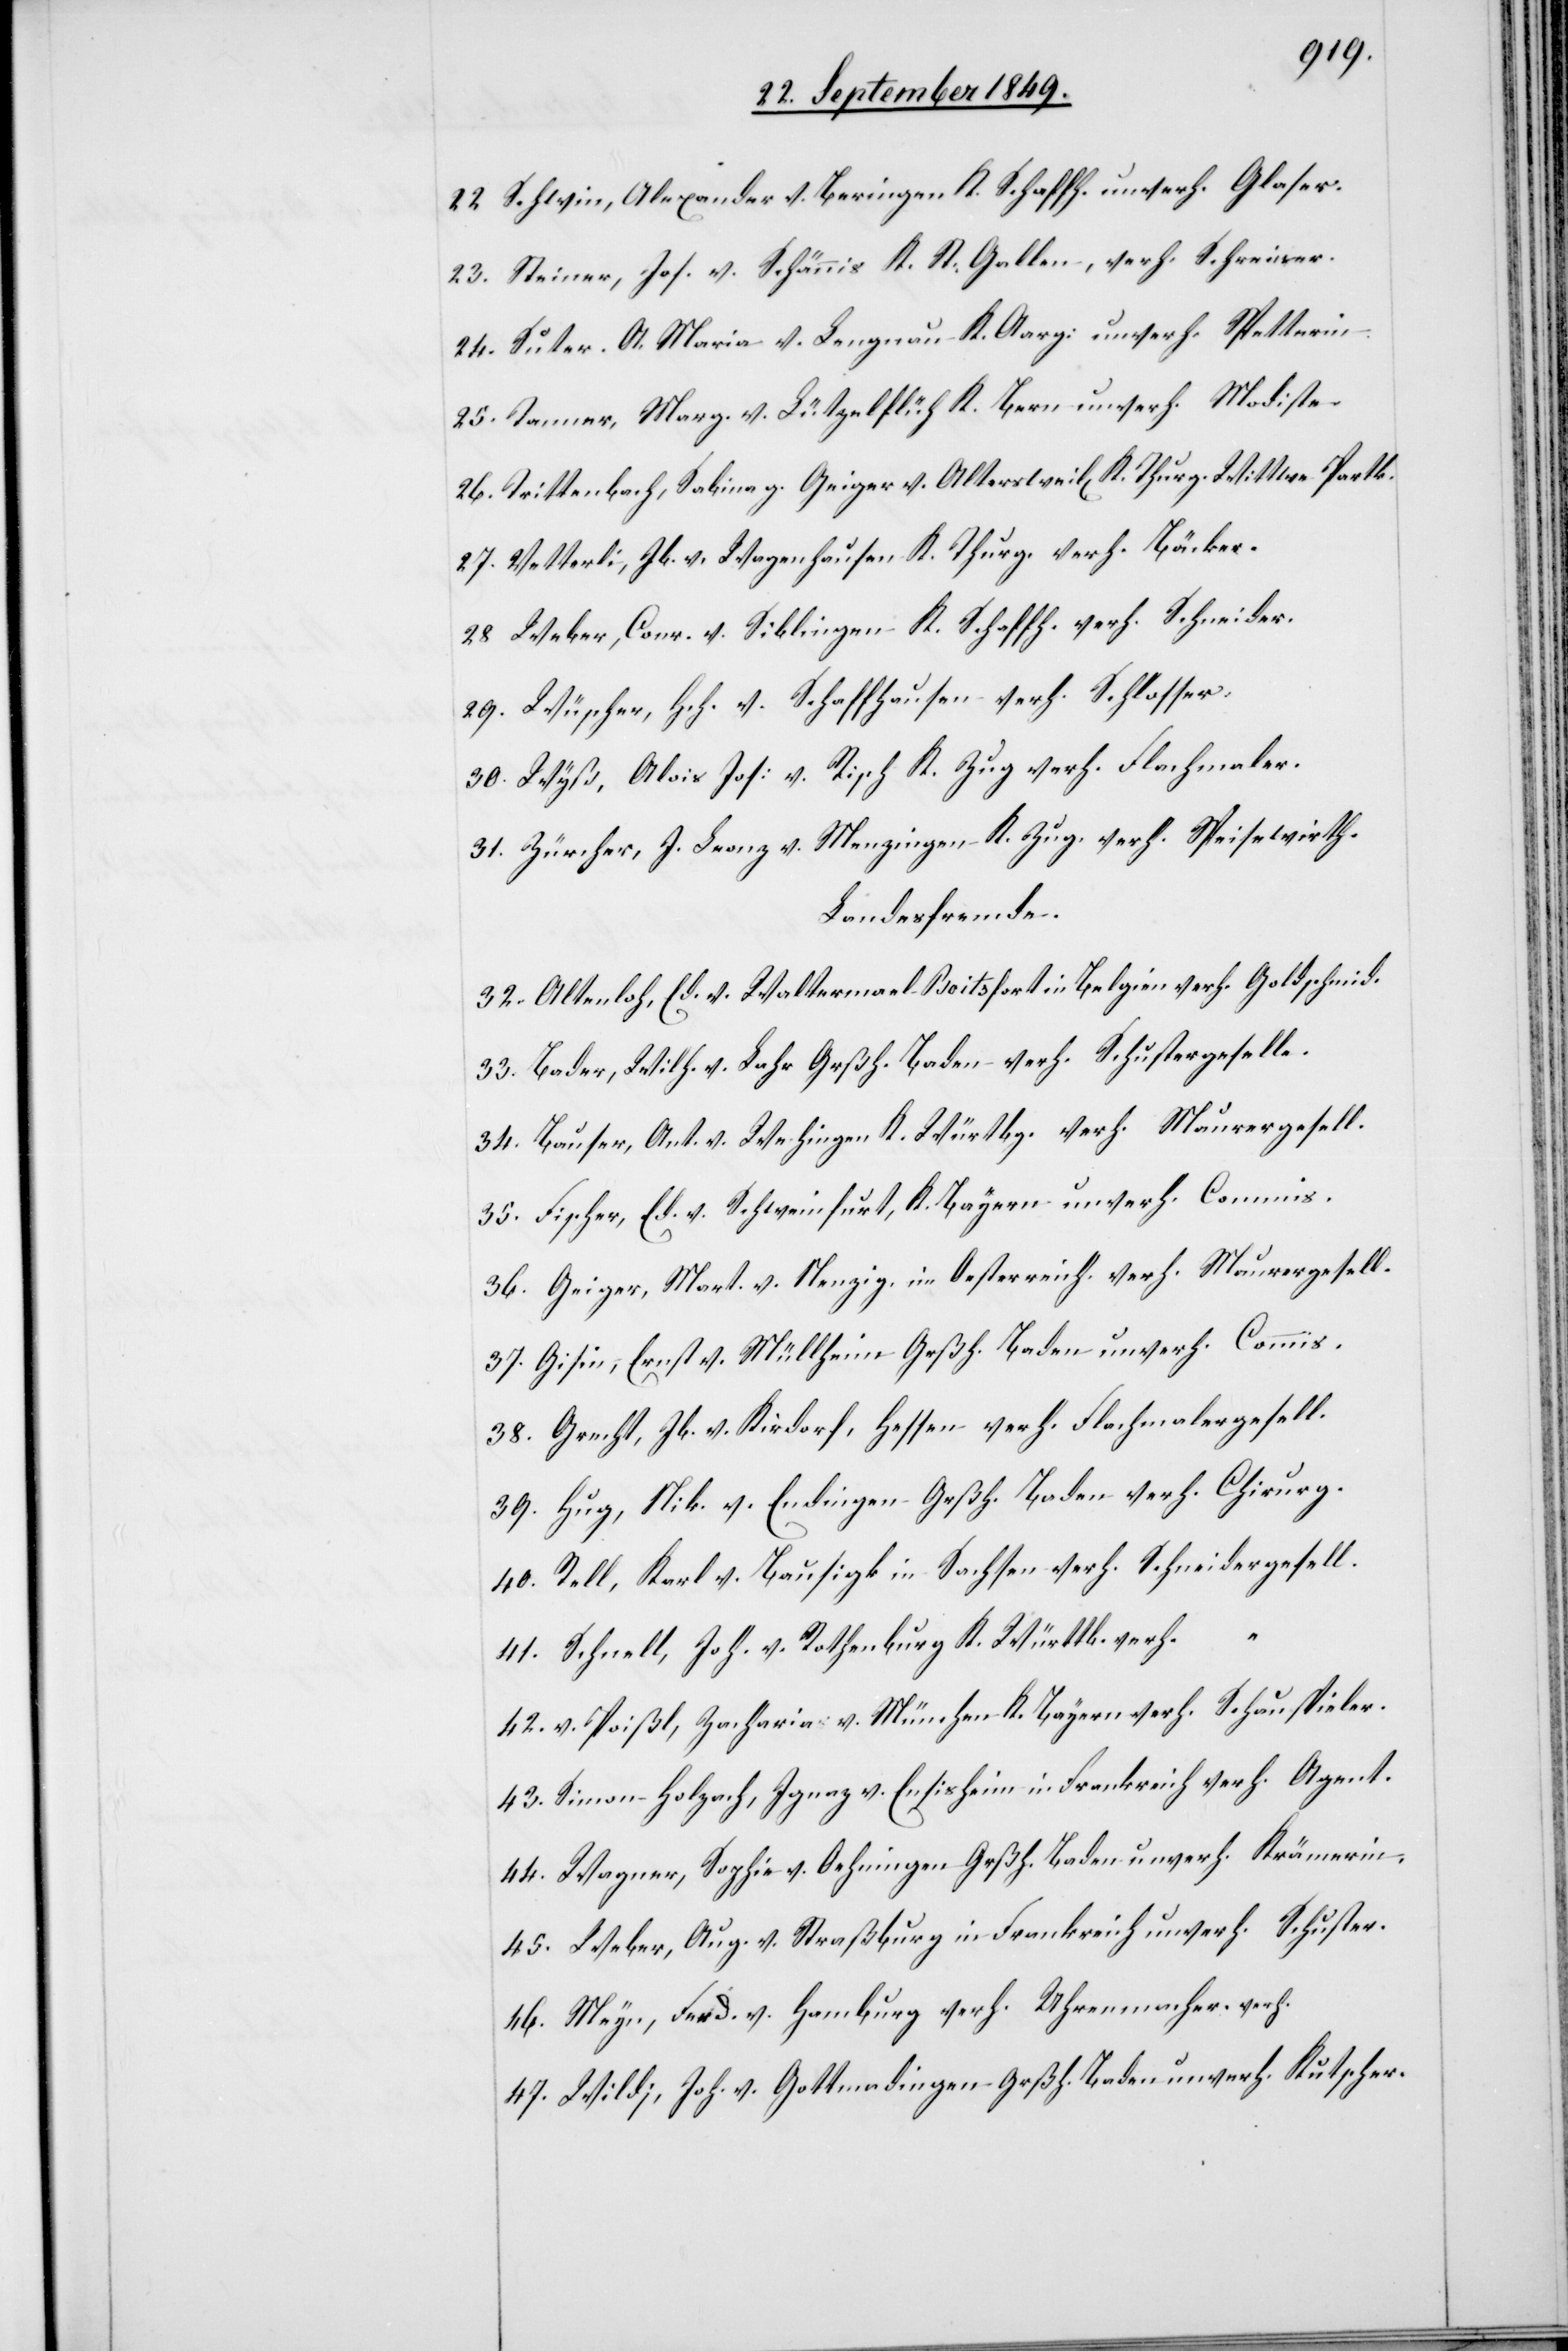
22. Schwin, Alexander v. Beringen K. Schaffh. unverh. Glaser.
23. Steiner, Jos. v. Schänis K. St. Gallen, verh. Schreiner.
24. Suter, A. Maria v. Lengnau K. Aarg : unverh. Spetterin
25. Tanner, Marg. v. Lützelflüh K. Bern unverh. Modiste
26. Trittenbach, Sabina z. Geiger v. Altersweil[en] K. Thurg. Wittwe Partk.
27. Vetterli, Jb. v. Wagenhausen K. Thurg. verh. Bäcker.
28. Weber, Conr. v. Siblingen K. Schaffh. verh. Schneider.
29. Wüscher, Hch. v. Schaffhausen verh. Schlosser.
30. Wyß, Alois Jos: v. Risch K. Zug verh. Flachmaler.
31. Zürcher, J. Leonz v. Menzingen K. Zug. verh. Speisewirth.
Landesfremde.
32. Altenloh, Ed. v. Waltermael Boitsfort in Belgien verh. Goldschmid.
33. Bader, Wilh. v. Lahr Großh. Baden verh. Schustergeselle.
34. Bauser, Ant. V. Wehingen K. Würthbg. verh. Maurergesell.
35. Fischer, Ed. v. Schweinfurt, K. Bayern unverh. Commis.
36. Geiger, Mart. v. Nenzig in Oesterreich verh. Maurergesell.
37. Gisin, Ernst v. Müllheim Grßh. Baden unverh. Commis.
38. Grecht, Jb. v. Kirdorf, Hessen verh. Flachmalergesell
39. Hug, Nik. v. Endingen Grßh. Baden verh. Chirurg.
40. Rell, Karl v. Bausigk in Sachsen verh. Schneidergesell.
41. Schnell, Joh. v. Rothenburg K. Württb. verh.
42. v. Poißl, Zacharia v. München K. Bayern verh. Schauspieler.
43. Simon Holzach, Ignaz v. Ensisheim in Frankreich verh. Agent.
44. Wagner, Sophie v. Oehningen Grßh. Baden unverh. Krämerin.
45. Weber, Aug. v. Straßburg in Frankreich unverh. Schuster.
46. Meyn, Ferd. v. Hamburg verh. Uhrenmacher verh.
47. Wild, Joh. v. Gottmadingen Großh. Baden unverh. Kutscher.